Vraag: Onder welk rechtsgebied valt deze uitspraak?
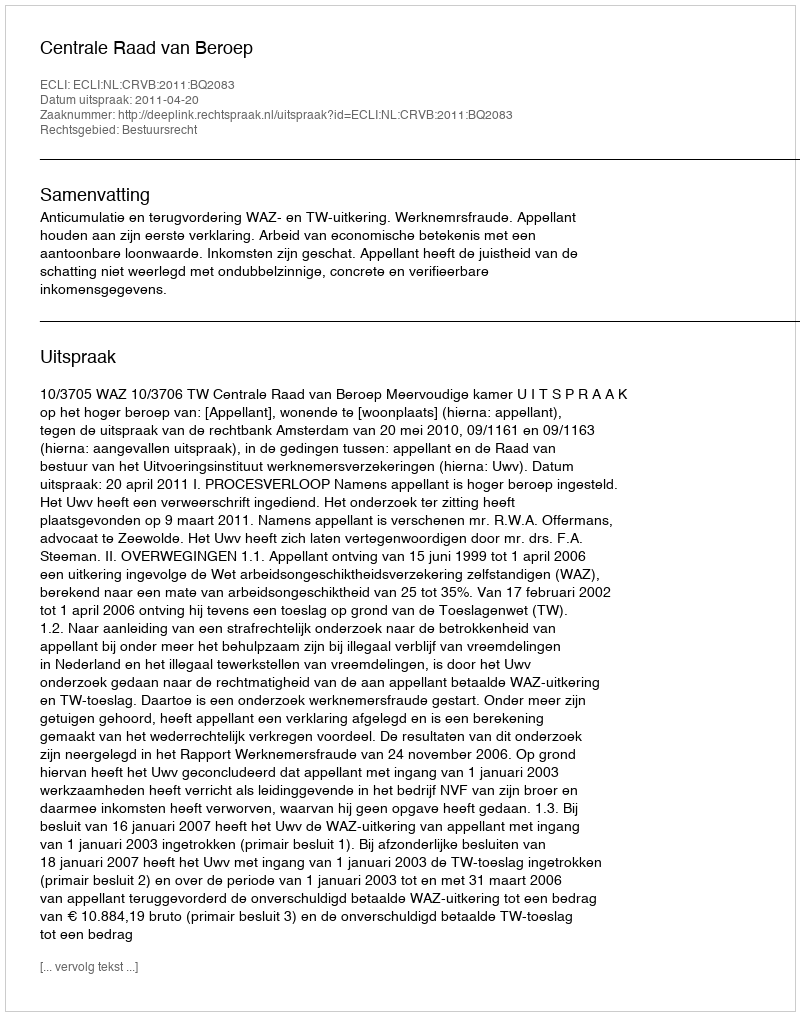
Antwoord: Bestuursrecht